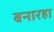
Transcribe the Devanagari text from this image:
बनारहा